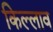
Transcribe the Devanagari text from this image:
किल्लाव